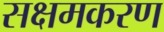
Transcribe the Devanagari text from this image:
सक्षमकरण